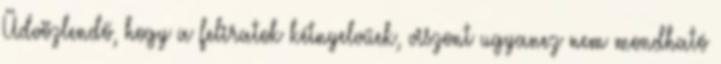
Üdvözlendő, hogy a feliratok kétnyelvűek, viszont ugyanez nem mondható